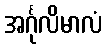
အင်္ဂုလိမာလံ